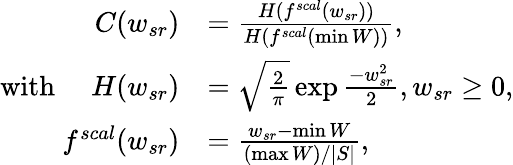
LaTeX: \begin{array}{rl}{C(w_{sr})}&{=\frac{H(f^{scal}(w_{sr}))}{H(f^{scal}(\operatorname*{min}W))},}\\ {\mathrm{with}\quad\; H(w_{sr})}&{=\sqrt{\frac{2}{\pi}}\exp{\frac{-w_{sr}^{2}}{2}},w_{sr}\geq 0,}\\ {f^{scal}(w_{sr})}&{=\frac{w_{sr}-\operatorname*{min}W}{(\operatorname*{max}W)/|S|},}\end{array}